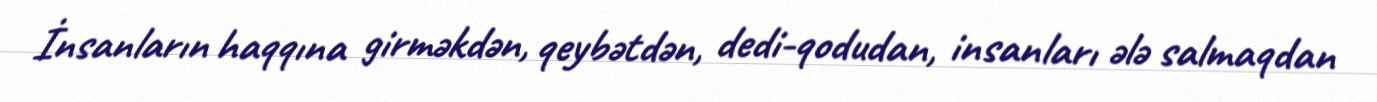
İnsanların haqqına girməkdən, qeybətdən, dedi-qodudan, insanları ələ salmaqdan